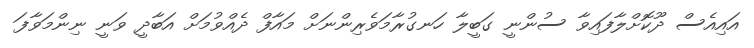
އައިއެސް ދޫކޮށްލާފައިވާ ސުންނީ ގަބީލާ ހަނގުރާމަވެރިންނަށް މައާފް ދެއްވުމަށް އަބާދީ ވަނީ ނިންމަވާފަ